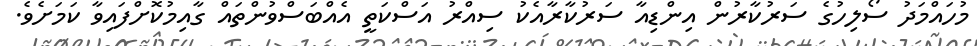
މުހައްމަދު ސޯލިހުގެ ސަރުކާރުން އިންޑިއާ ސަރުކާރާއެކު ސިއްރު އަސްކަތީ އެއްބަސްވުންތައް ގާއިމުކޮށްފައިވާ ކަމަށެވެ.